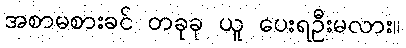
အစာမစားခင် တခုခု ယူ ပေးရဦးမလား။